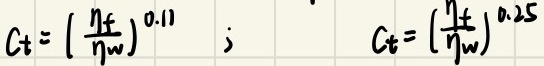
$C_t = \left(\frac{\eta_f}{\eta_w}\right)^{0.11};\ \ \ \ C_t = \left(\frac{\eta_f}{\eta_w}\right)^{0.25}$